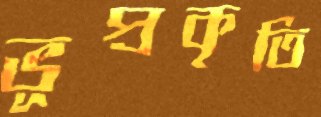
ভূপ্রকৃতি